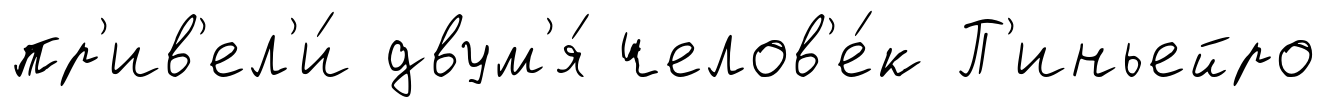
пр'ив'ел'и́ двум'я́ челов'е́к П'иньейро